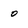
Character: 0